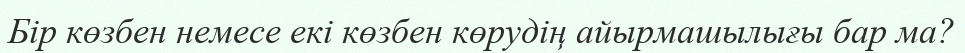
Бір көзбен немесе екі көзбен көрудің айырмашылығы бар ма?